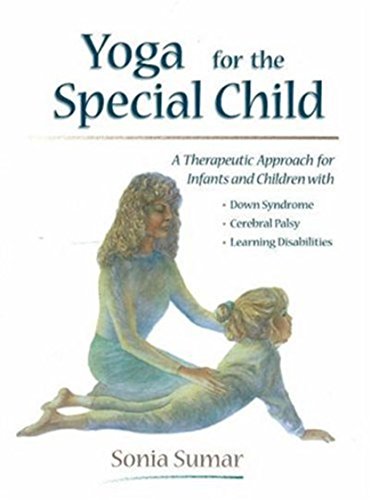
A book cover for Yoga for the Special Child: A Therapeutic Approach for Infants and Children with Down Syndrome, Cerebral Palsy, Autism Spectrum Disorders and Learning Disabilities; Sonia Sumar; Health, Fitness & Dieting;